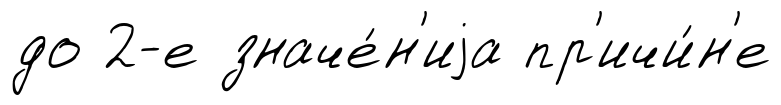
до 2-е значе́н'иjа пр'ичи́н'е